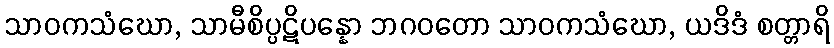
သာဝကသံဃော, သာမီစိပ္ပဋိပန္နော ဘဂဝတော သာဝကသံဃော, ယဒိဒံ စတ္တာရိ